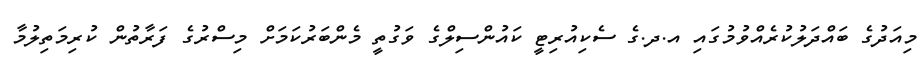
މިއަދުގެ ބައްދަލުކުރެއްވުމުގައި އ.ދ.ގެ ސެކިއުރިޓީ ކައުންސިލްގެ ވަގުތީ މެންބަރުކަމަށް މިސްރުގެ ފަރާތުން ކުރިމަތިލުމާ